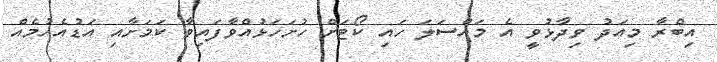
އިބްރާ މިއަދު ވިދާޅުވީ އެ މައްސަލަ ހައި ކޯޓަށް ހުށަހަޅުއްވާފައިވާ ކަމަށާއި އަޑުއެހުމެއް